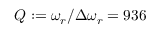
Q : = \omega _ { r } / \Delta \omega _ { r } = 9 3 6